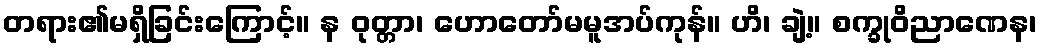
တရား၏မရှိခြင်းကြောင့်။ န ဝုတ္တာ၊ ဟောတော်မမူအပ်ကုန်။ ဟိ၊ ချဲ့။ စက္ခုဝိညာဏေန၊